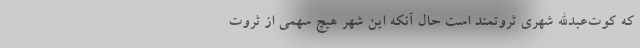
که کوت‌عبدالله شهری ثروتمند است حال آنکه این شهر هیچ سهمی از ثروت